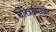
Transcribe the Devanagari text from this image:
चरित्रग्रंथाची